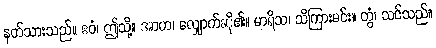
နတ်သားသည်။ ဧဝံ၊ ဤသို့။ အာဟ၊ လျှောက်ဆို၏။ မာရိသ၊ သိကြားမင်း။ တွံ၊ သင်သည်။